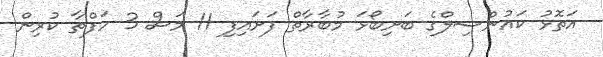
އަތޮޅު ކައުންސިލްގެ ބަށިބޯޅަ މުބާރާތް ފަށައިފި 11 މަސް 3 ހަފްތާ ކުރިން